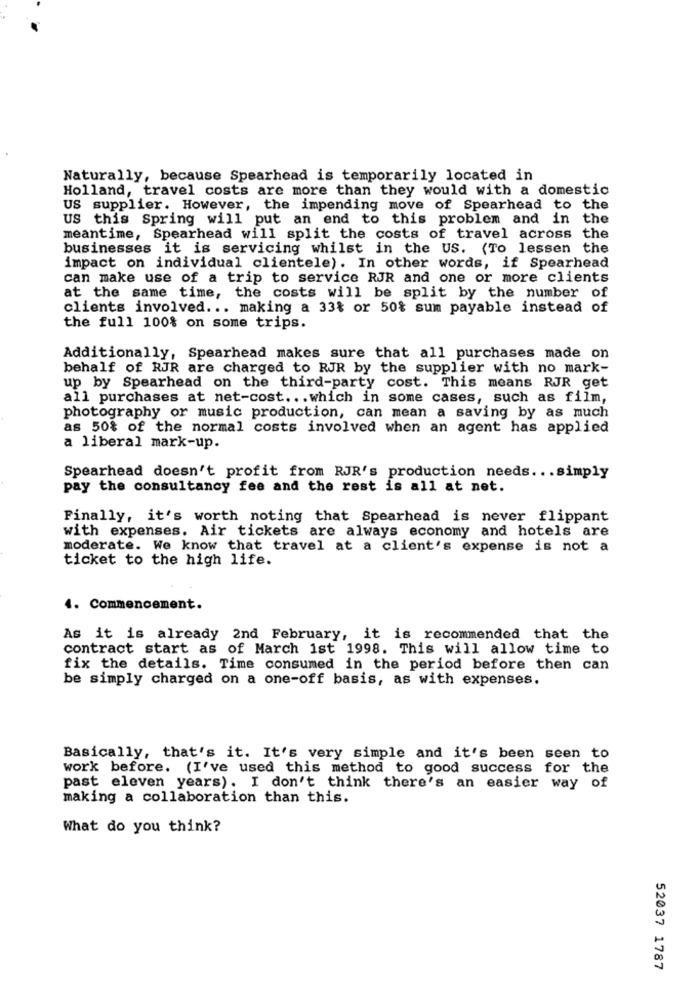
Naturally, because Spearhead is temporarily located in
Holland, travel costs are more than they would with a domestic
US supplier. However, the impending move of Spearhead to the
US this Spring will put an end to this problem and in the
meantime, Spearhead will split the costs of travel across the
businesses it is servicing whilst in the US. (To lessen the
impact on individual clientele). In other words, if Spearhead
can make use of a trip to service RJR and one or more clients
at the same time, the costs will be split by the number of
clients involved ... making a 33% or 50% sum payable instead of
the full 100% on some trips.
Additionally, Spearhead makes sure that all purchases made on
behalf of RJR are charged to RJR by the supplier with no mark-
up by Spearhead on the third-party cost. This means RJR get
all purchases at net-cost ... which in some cases, such as film,
photography or music production, can mean a saving by as much
as 50% of the normal costs involved when an agent has applied
a liberal mark-up.
Spearhead doesn't profit from RJR's production needs ... simply
pay the consultancy fee and the rest is all at net.
Finally, it's worth noting that Spearhead is never flippant
with expenses. Air tickets are always economy and hotels are
moderate. We know that travel at a client's expense is not a
ticket to the high life.
4. Commencement.
As it is already 2nd February, it is recommended that the
contract start as of March ist 1998. This will allow time to
fix the details. Time consumed in the period before then can
be simply charged on a one-off basis, as with expenses.
Basically, that's it. It's very simple and it's been seen to
work before. (I've used this method to good success for the
past eleven years). I don't think there's an easier way of
making a collaboration than this.
What do you think?
52037 1787